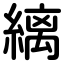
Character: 縭